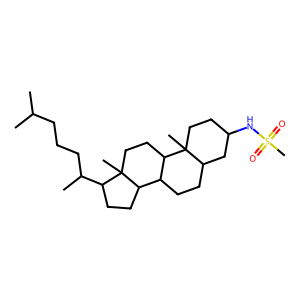
SMILES: CC(C)CCCC(C)C1CCC2C3CCC4CC(NS(C)(=O)=O)CCC4(C)C3CCC12C
Inhibits HIV replication: No